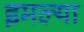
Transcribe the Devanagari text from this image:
इमल्या